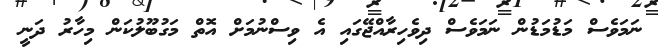
ނަމަވެސް މަޑުމަޑުން ނަމަވެސް ދިވެހިރާއްޖޭގައި އެ ވިސްނުމަށް އޮތް މަގުބޫލުކަން މިހާރު ދަނީ